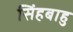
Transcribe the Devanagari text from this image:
सिंहबाहु